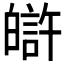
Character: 𤾟